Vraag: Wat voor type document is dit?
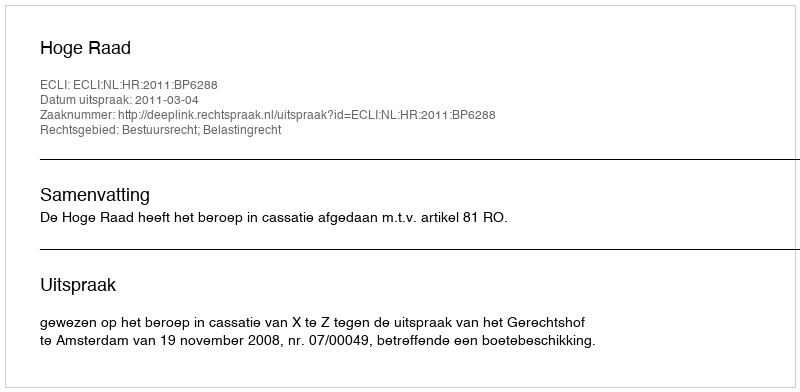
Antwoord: Uitspraak